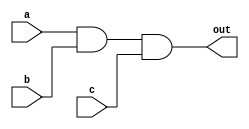
module and_gate_3input(a,b,c,out);
    input a;
    input b;
    input c;
    output out;

    assign out = ( a && b && c);
endmodule